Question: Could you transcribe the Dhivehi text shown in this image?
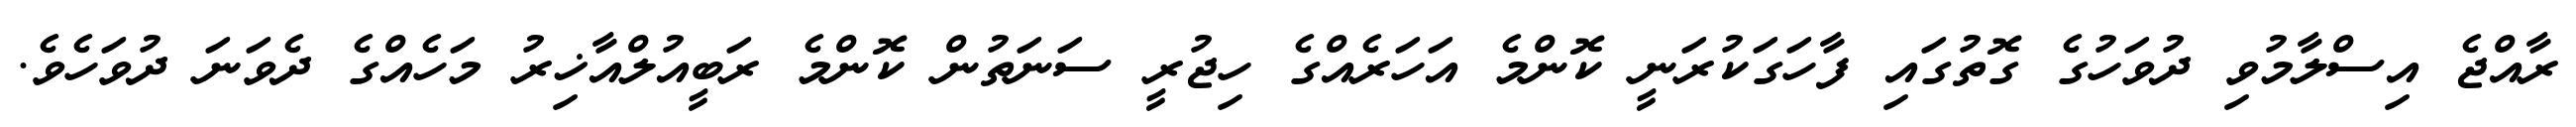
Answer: ރާއްޖެ އިސްލާމުވި ދުވަހުގެ ގޮތުގައި ފާހަގަކުރަނީ ކޮންމެ އަހަރެއްގެ ހިޖުރީ ސަނަތުން ކޮންމެ ރަބީއުލްއާޚިރު މަހެއްގެ ދެވަނަ ދުވަހެވެ.